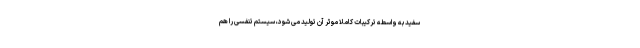
سفید به واسطه ترکیبات کاملا موثر آن تولید می شود، سیستم تنفسی را هم